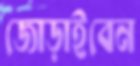
জোড়াইবেন